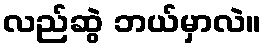
လည်ဆွဲ ဘယ်မှာလဲ။